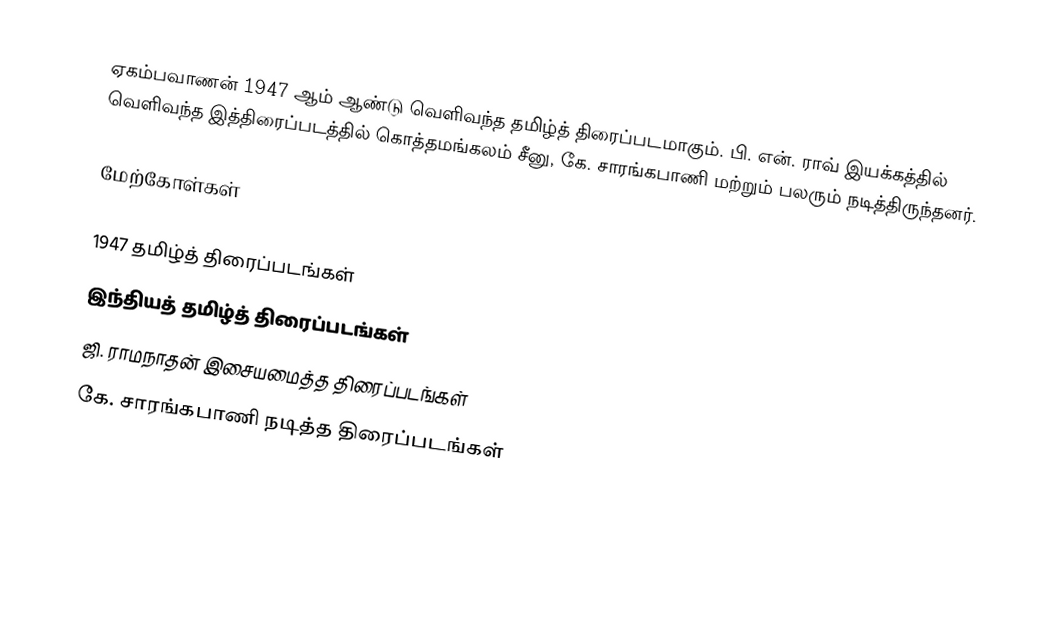
ஏகம்பவாணன் 1947 ஆம் ஆண்டு வெளிவந்த தமிழ்த் திரைப்படமாகும். பி. என். ராவ் இயக்கத்தில் வெளிவந்த இத்திரைப்படத்தில் கொத்தமங்கலம் சீனு, கே. சாரங்கபாணி மற்றும் பலரும் நடித்திருந்தனர்.

மேற்கோள்கள்

1947 தமிழ்த் திரைப்படங்கள்
இந்தியத் தமிழ்த் திரைப்படங்கள்
ஜி. ராமநாதன் இசையமைத்த திரைப்படங்கள்
கே. சாரங்கபாணி நடித்த திரைப்படங்கள்